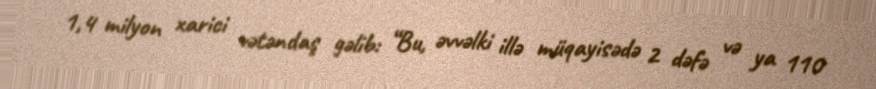
1,4 milyon xarici vətəndaş gəlib: “Bu, əvvəlki illə müqayisədə 2 dəfə və ya 110